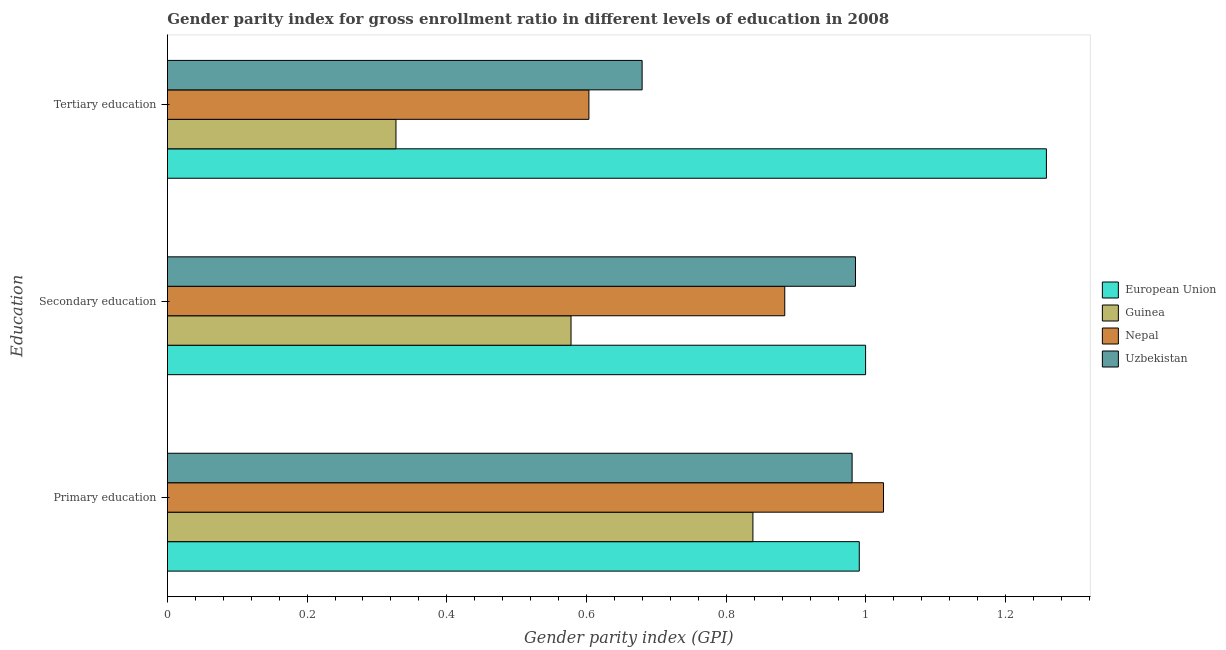
| Education | European Union | Guinea | Nepal | Uzbekistan |
 | --- | --- | --- | --- | --- |
 | Primary education | 0.99 | 0.838 | 1.03 | 0.98 |
 | Secondary education | 0.999 | 0.578 | 0.884 | 0.985 |
 | Tertiary education | 1.26 | 0.327 | 0.603 | 0.68 |